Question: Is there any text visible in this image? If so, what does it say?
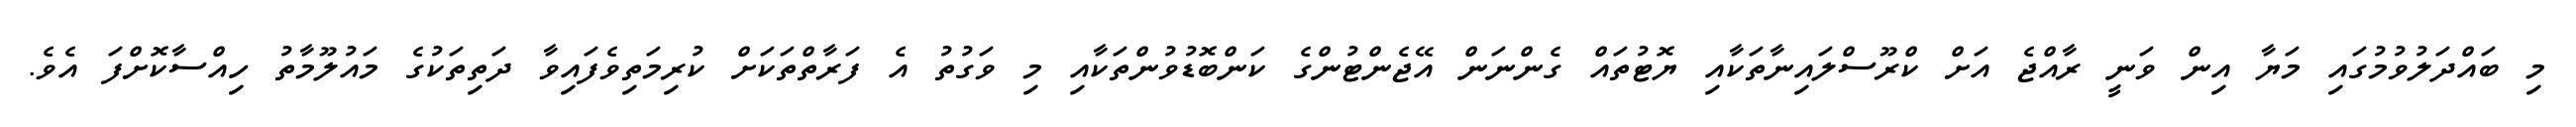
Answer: މި ބައްދަލުވުމުގައި މަޔާ އިން ވަނީ ރާއްޖެ އަށް ކްރޫސްލައިނާތަކާއި ޔޮޓުތައް ގެންނަން އޭޖެންޓުންގެ ކަންބޮޑުވުންތަކާއި މި ވަގުތު އެ ފަރާތްތަކަށް ކުރިމަތިވެފައިވާ ދަތިތަކުގެ މައުލޫމާތު ހިއްސާކޮށްފަ އެވެ.